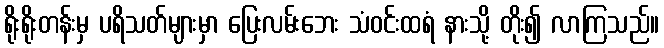
ရိုးရိုးတန်းမှ ပရိသတ်များမှာ ပြေးလမ်းဘေး သံဝင်းထရံ နားသို့ တိုး၍ လာကြသည်။